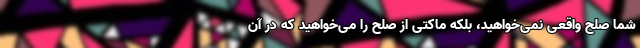
شما صلح واقعی نمی‌خواهید، بلکه ماکتی از صلح را می‌خواهید که در آن